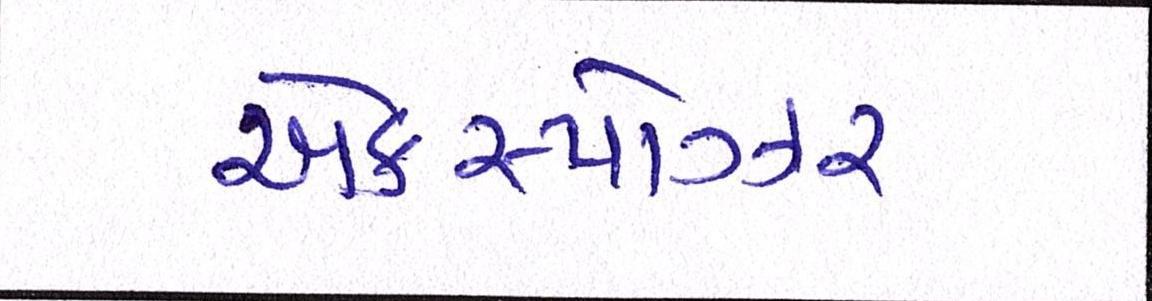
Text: એક્સ્પોઝર